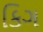
કિગ